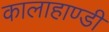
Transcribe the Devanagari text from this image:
कालाहाण्डी